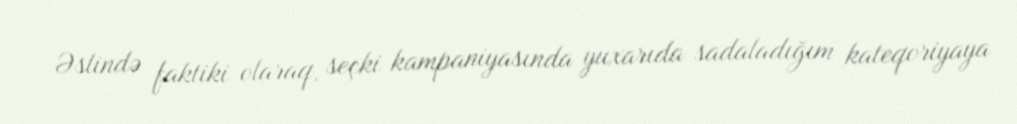
Əslində faktiki olaraq, seçki kampaniyasında yuxarıda sadaladığım kateqoriyaya